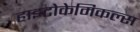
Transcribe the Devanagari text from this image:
हाइटोकेमिकल्स